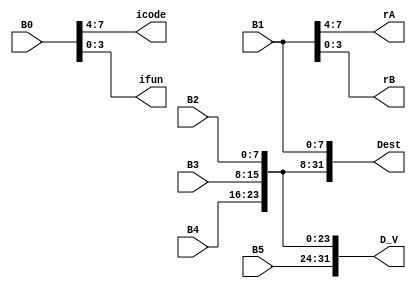
`timescale 1ns / 1ps
//////////////////////////////////////////////////////////////////////////////////
// Company: 
// Engineer: 
// 
// Design Name: 
// Module Name: isplit
// Project Name: 
// Target Devices: 
// Tool Versions: 
// Description: 
// 
// Dependencies: 
// 
// Revision:
// Revision 0.01 - File Created
// Additional Comments:
// 
//////////////////////////////////////////////////////////////////////////////////


module isplit(
    input [7:0] B0,
    input [7:0] B1,
    input [7:0] B2,
    input [7:0] B3,
    input [7:0] B4,
    input [7:0] B5,
    output [3:0] icode,
    output [3:0] ifun,
    output [3:0] rA,
    output [3:0] rB,
    output [31:0] Dest,
    output [31:0] D_V
    );
    
    assign icode = B0[7:4];
    assign ifun = B0[3:0];
    assign rA = B1[7:4];
    assign rB = B1[3:0];
    assign Dest[7:0] = B1;
    assign Dest[15:8] = B2;
    assign Dest[23:16] = B3;
    assign Dest[31:24] = B4;
    assign D_V[7:0] = B2;
    assign D_V[15:8] = B3;
    assign D_V[23:16] = B4;
    assign D_V[31:24] = B5;
    
endmodule